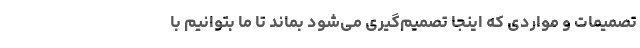
تصمیمات و مواردی که اینجا تصمیم‌گیری می‌شود بماند تا ما بتوانیم با